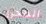
المحزن